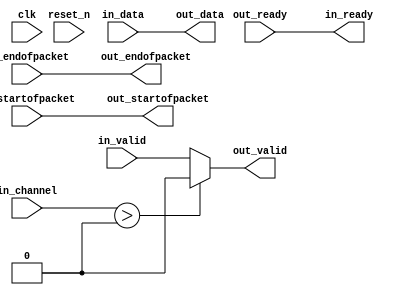
// --------------------------------------------------------------------------------
//| Avalon Streaming Channel Adapter
// --------------------------------------------------------------------------------

`timescale 1ns / 100ps
module legup_system_JTAG_to_FPGA_Bridge_b2p_adapter (
    
      // Interface: clk
      input              clk,
      // Interface: reset
      input              reset_n,
      // Interface: in
      output reg         in_ready,
      input              in_valid,
      input      [ 7: 0] in_data,
      input      [ 7: 0] in_channel,
      input              in_startofpacket,
      input              in_endofpacket,
      // Interface: out
      input              out_ready,
      output reg         out_valid,
      output reg [ 7: 0] out_data,
      output reg         out_startofpacket,
      output reg         out_endofpacket
);


   reg          out_channel;

   // ---------------------------------------------------------------------
   //| Payload Mapping
   // ---------------------------------------------------------------------
   always @* begin
      in_ready = out_ready;
      out_valid = in_valid;
      out_data = in_data;
      out_startofpacket = in_startofpacket;
      out_endofpacket = in_endofpacket;

      out_channel = in_channel       ;
      // Suppress channels that are higher than the destination's max_channel.
      if (in_channel > 0) begin
         out_valid = 0;
         // Simulation Message goes here.
      end
   end

endmodule